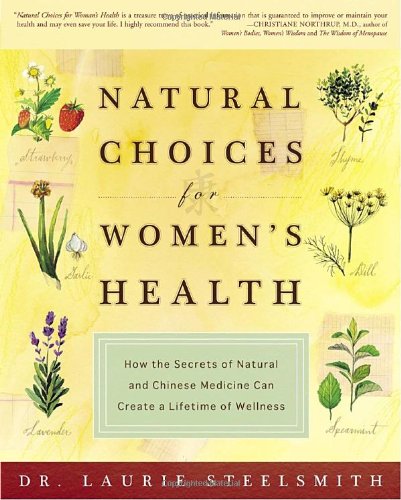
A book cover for Natural Choices for Women's Health: How the Secrets of Natural and Chinese Medicine Can Create a Lifetime of Wellness; Dr. Laurie Steelsmith; Health, Fitness & Dieting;